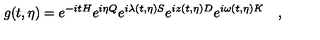
g ( t , \eta ) = e ^ { - i t H } e ^ { i \eta Q } e ^ { i \lambda ( t , \eta ) S } e ^ { i z ( t , \eta ) D } e ^ { i \omega ( t , \eta ) K } \quad ,